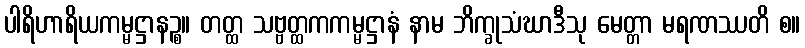
ပါရိဟာရိယကမ္မဋ္ဌာနဉ္စ။ တတ္ထ သဗ္ဗတ္ထကကမ္မဋ္ဌာနံ နာမ ဘိက္ခုသံဃာဒီသု မေတ္တာ မရဏဿတိ စ။